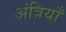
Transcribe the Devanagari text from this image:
अंत्रियाँ